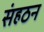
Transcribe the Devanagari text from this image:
संहठन